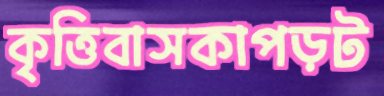
কৃত্তিবাসকাপড়ট